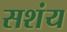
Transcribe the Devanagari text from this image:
सशंय